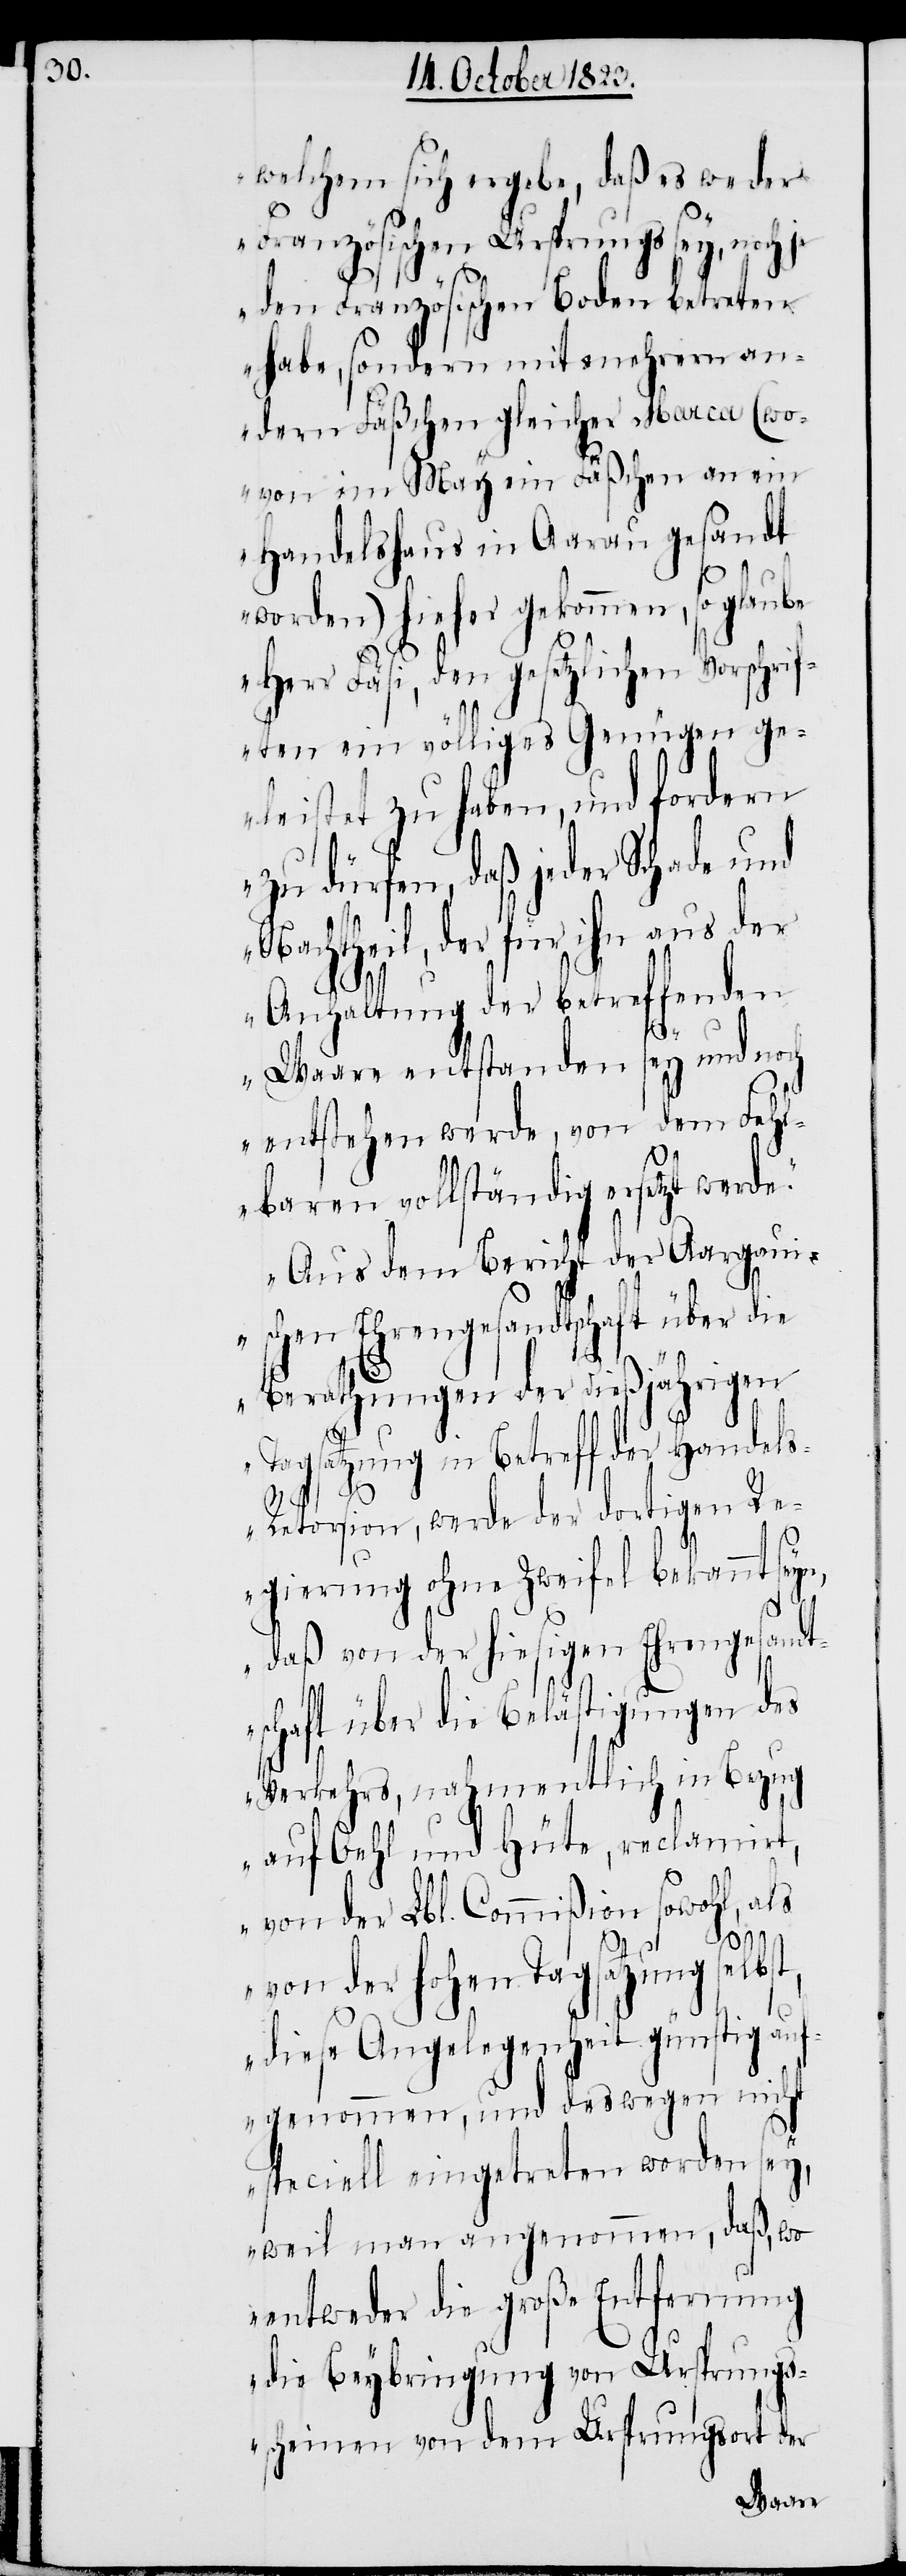
welchem sich ergebe, daß es weder
Französischen Ursprungs sey, noch
den Französischen Boden betreten
habe, sondern mit mehrern an¬
dern Fäßchen gleicher Marca (wo¬
von im May ein Fäßchen an ein
Handelshaus in Aarau gesandt
worden) hieher gekommen, so glaube
Herr Fäsi, den gesetzlichen Vorschrif¬
ten ein völliges Genügen ge¬
leistet zu haben, und fordern
zu dürfen, daß jeder Schade und
Nachtheil, der für ihn aus der
de.“
Anhaltung der betreffenden
Waare entstanden sey und noch
entstehen werde, von dem Fehl¬
baren vollständig ersetzt wer¬
„Aus dem Bericht der Aargau¬
ischen Ehrengesandtschaft über die
Berathungen der dießjährigen
Tagsatzung in Betreff der Handel¬
n,
s-Retorsion, werde der dortigen Re¬
gierung ohne Zweifel bekannt sey¬
daß von der hiesigen Ehrengesandt¬
schaft über die Belästigungen des
Verkehrs, nahmentlich in Bezug
auf Oehl und Hüte, reclamirt,
von der Lbl. Commißion sowohl, als
von der hohen Tagsatzung selbst,
diese Angelegenheit günstig auf¬
genommen, und deswegen nicht
speciell eingetreten worden sey,
weil man angenommen, daß, wo
entweder die große Entfernung
die Beybringung von Ursprungs¬
scheinen von dem Ursprungsort der